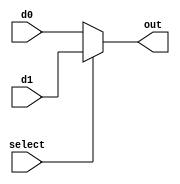


module mux2 #(parameter WIDTH = 8) (
	input select,
	input [WIDTH-1:0] d0, d1,
	output [WIDTH-1:0] out
);
	assign out = select ? d1 : d0;
endmodule


module mux3 #(parameter WIDTH = 8) (
	input [1:0] select,
	input [WIDTH-1:0] d0, d1, d2,
	output [WIDTH-1:0] out
);
	assign out = select[1] ? d2 : (select[0] ? d1 : d0);
endmodule


module mux4 #(parameter WIDTH = 8) (
	input  [1:0] select,
	input  [WIDTH-1:0] d0, d1, d2, d3,
	output reg [WIDTH-1:0] out
);
always @ (*)
  begin
    case(select)
      2'b00 : out <= d0;
      2'b01 : out <= d1;
      2'b10 : out <= d2;
      2'b11 : out <= d3;
    endcase
  end
endmodule

module mux4_assign #(parameter WORD_SIZE_BIT = 32) (
	input  [1:0] s,
	input  [WORD_SIZE_BIT-1:0] d0, d1, d2, d3,
	output [WORD_SIZE_BIT-1:0] y
);

assign y = (s == 2'd0) ? d0 : ((s == 2'd1) ? d1 : ((s == 2'd2) ? d2 : d3));

endmodule

module tri_buf #(parameter DATA_BLOCK = 128)(
	input 	[DATA_BLOCK - 1 : 0] a,
	input		enable,
	output 	[DATA_BLOCK - 1 : 0] b
);

assign b = enable ? a : {DATA_BLOCK{1'dz}};

endmodule